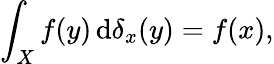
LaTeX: \int_{X}f(y)\, \mathrm{d}\delta_{x}(y)=f(x),